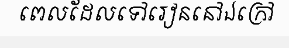
ពេលដែលទៅរៀននៅឯក្រៅ